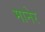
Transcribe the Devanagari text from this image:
मानेर